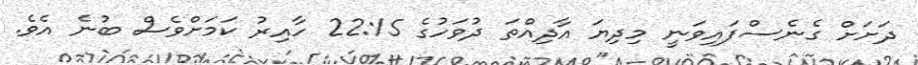
ދަށަށް ގެނެސްފައިވަނީ މިދިޔަ އާދިއްތަ ދުވަހުގެ 22:15 ހާއިރު ކަމަށްވެސް ބުނެ އެވެ.